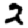
Digit: 2